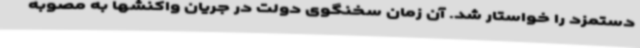
دستمزد را خواستار شد. آن زمان سخنگوی دولت در جریان واکنشها به مصوبه